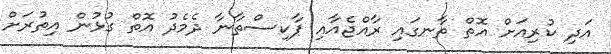
އަދި ކުރިއަށް އޮތް ތާނގައި ރާއްޖެއާއި ޕާކިސްތާނާ ދެމެދު އޮތް ގުޅުން އިތުރަށް